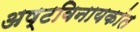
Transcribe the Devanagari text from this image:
अष्टविनायकांत